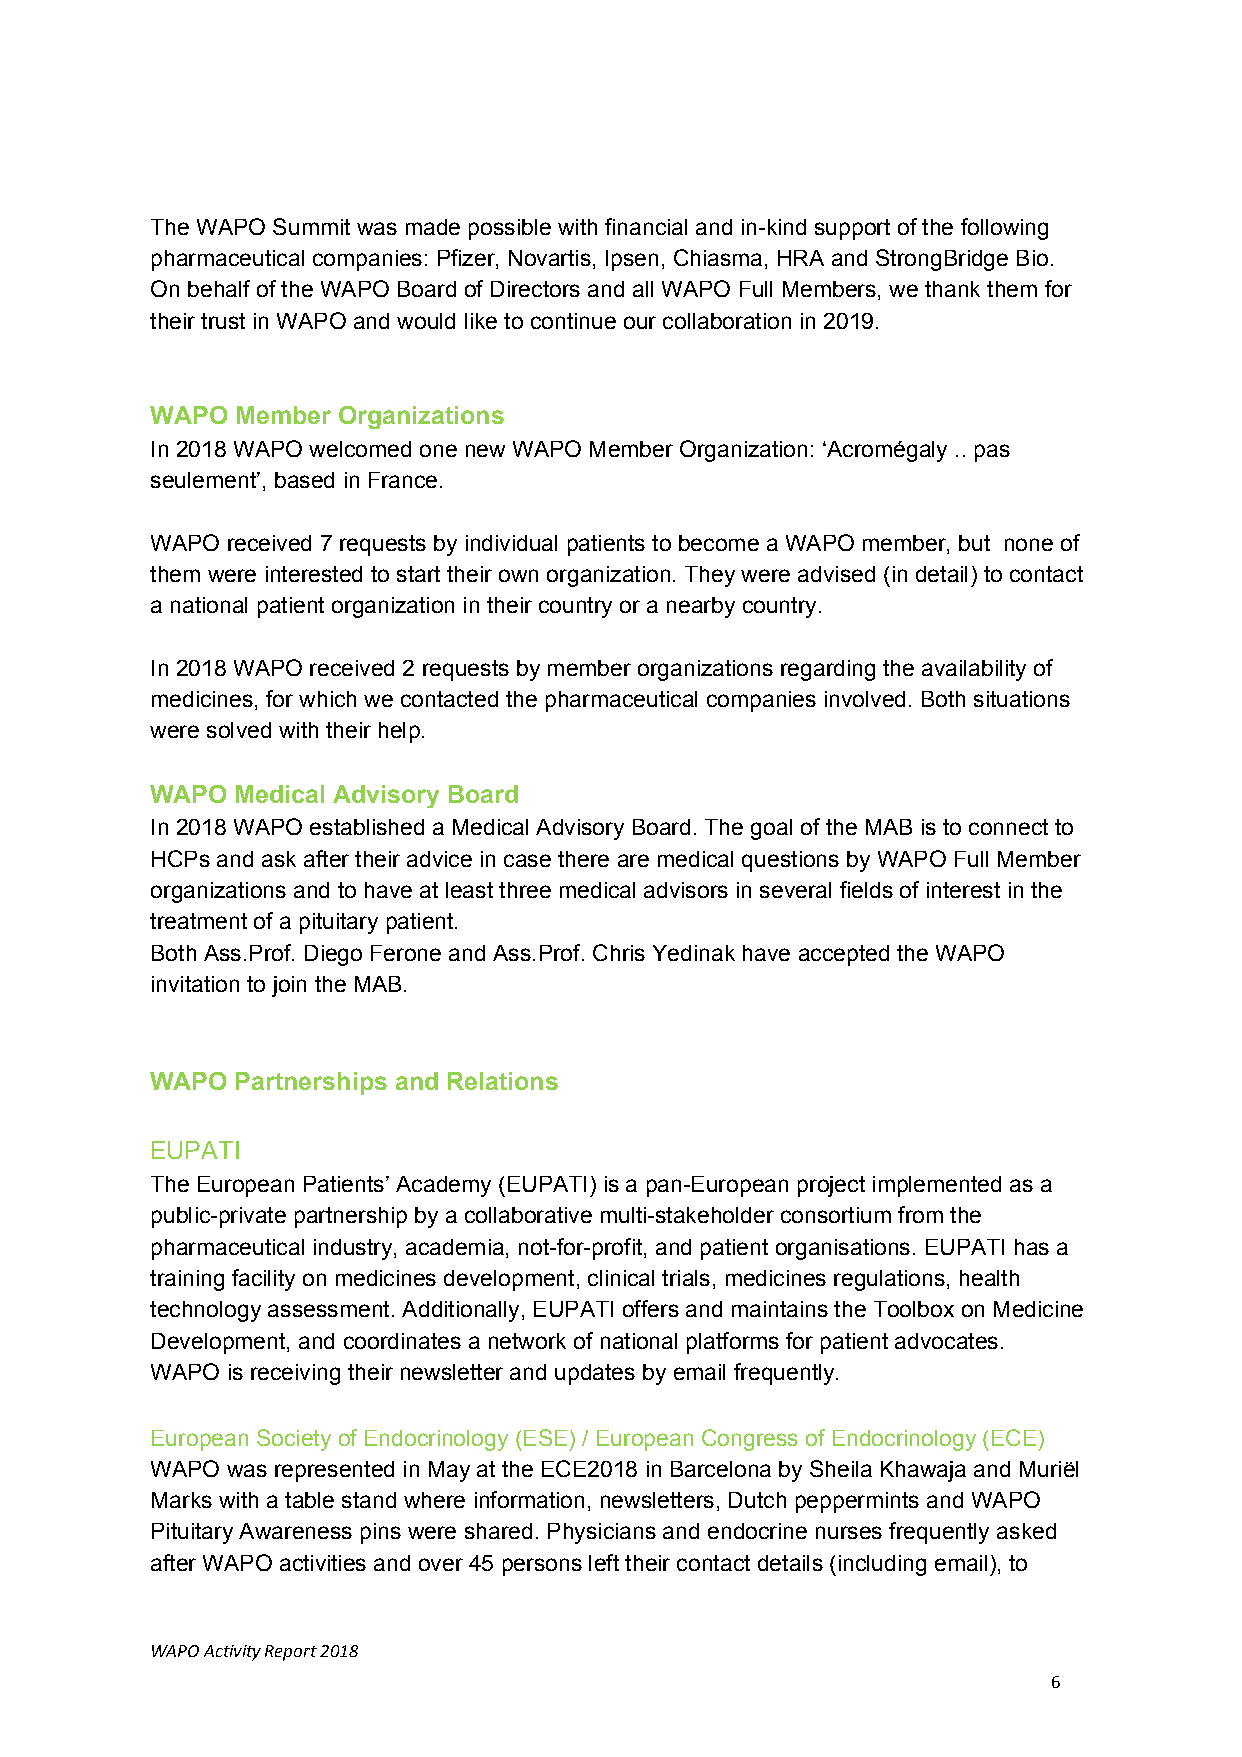
The WAPO Summit was made possible with financial and in-kind support of the following
 pharmaceutical companies: Pfizer, Novartis, Ipsen, Chiasma, HRA and StrongBridge Bio.
 On behalf of the WAPO Board of Directors and all WAPO Full Members, we thank them for
 their trust in WAPO and would like to continue our collaboration in 2019.
 WAPO  Member Organizations
 In 2018 WAPO welcomed one new WAPO Member Organization: ‘Acromégaly .. pas
 seulement’, based in France.
 WAPO received 7 requests by individual patients to become a WAPO member, but none of
 them were interested to start their own organization. They were advised (in detail) to contact
 a national patient organization in their country or a nearby country.
 In 2018 WAPO received 2 requests by member organizations regarding the availability of
 medicines, for which we contacted the pharmaceutical companies involved. Both situations
 were solved with their help.
 WAPO  Medical Advisory Board
 In 2018 WAPO established a Medical Advisory Board. The goal of the MAB is to connect to
 HCPs and ask after their advice in case there are medical questions by WAPO Full Member
 organizations and to have at least three medical advisors in several fields of interest in the
 treatment of a pituitary patient.
 Both Ass.Prof. Diego Ferone and Ass.Prof. Chris Yedinak have accepted the WAPO
 invitation to join the MAB.
 WAPO  Partnerships and Relations
 EUPATI
 The European Patients’ Academy (EUPATI) is a pan-European project implemented as a
 public-private partnership by a collaborative multi-stakeholder consortium from the
 pharmaceutical industry, academia, not-for-profit, and patient organisations. EUPATI has a
 training facility on medicines development, clinical trials, medicines regulations, health
 technology assessment. Additionally, EUPATI offers and maintains the Toolbox on Medicine
 ​
 Development, and coordinates a network of national platforms for patient advocates.
 ​            ​                                 ​
 WAPO is receiving their newsletter and updates by email frequently.
 European Society of Endocrinology (ESE) / European Congress of Endocrinology (ECE)
 WAPO was represented in May at the ECE2018 in Barcelona by Sheila Khawaja and Muriël
 Marks with a table stand where information, newsletters, Dutch peppermints and WAPO
 Pituitary Awareness pins were shared. Physicians and endocrine nurses frequently asked
 after WAPO activities and over 45 persons left their contact details (including email), to
 WAPO Activity Report 2018
 6